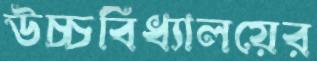
উচ্চবিধ্যালয়ের